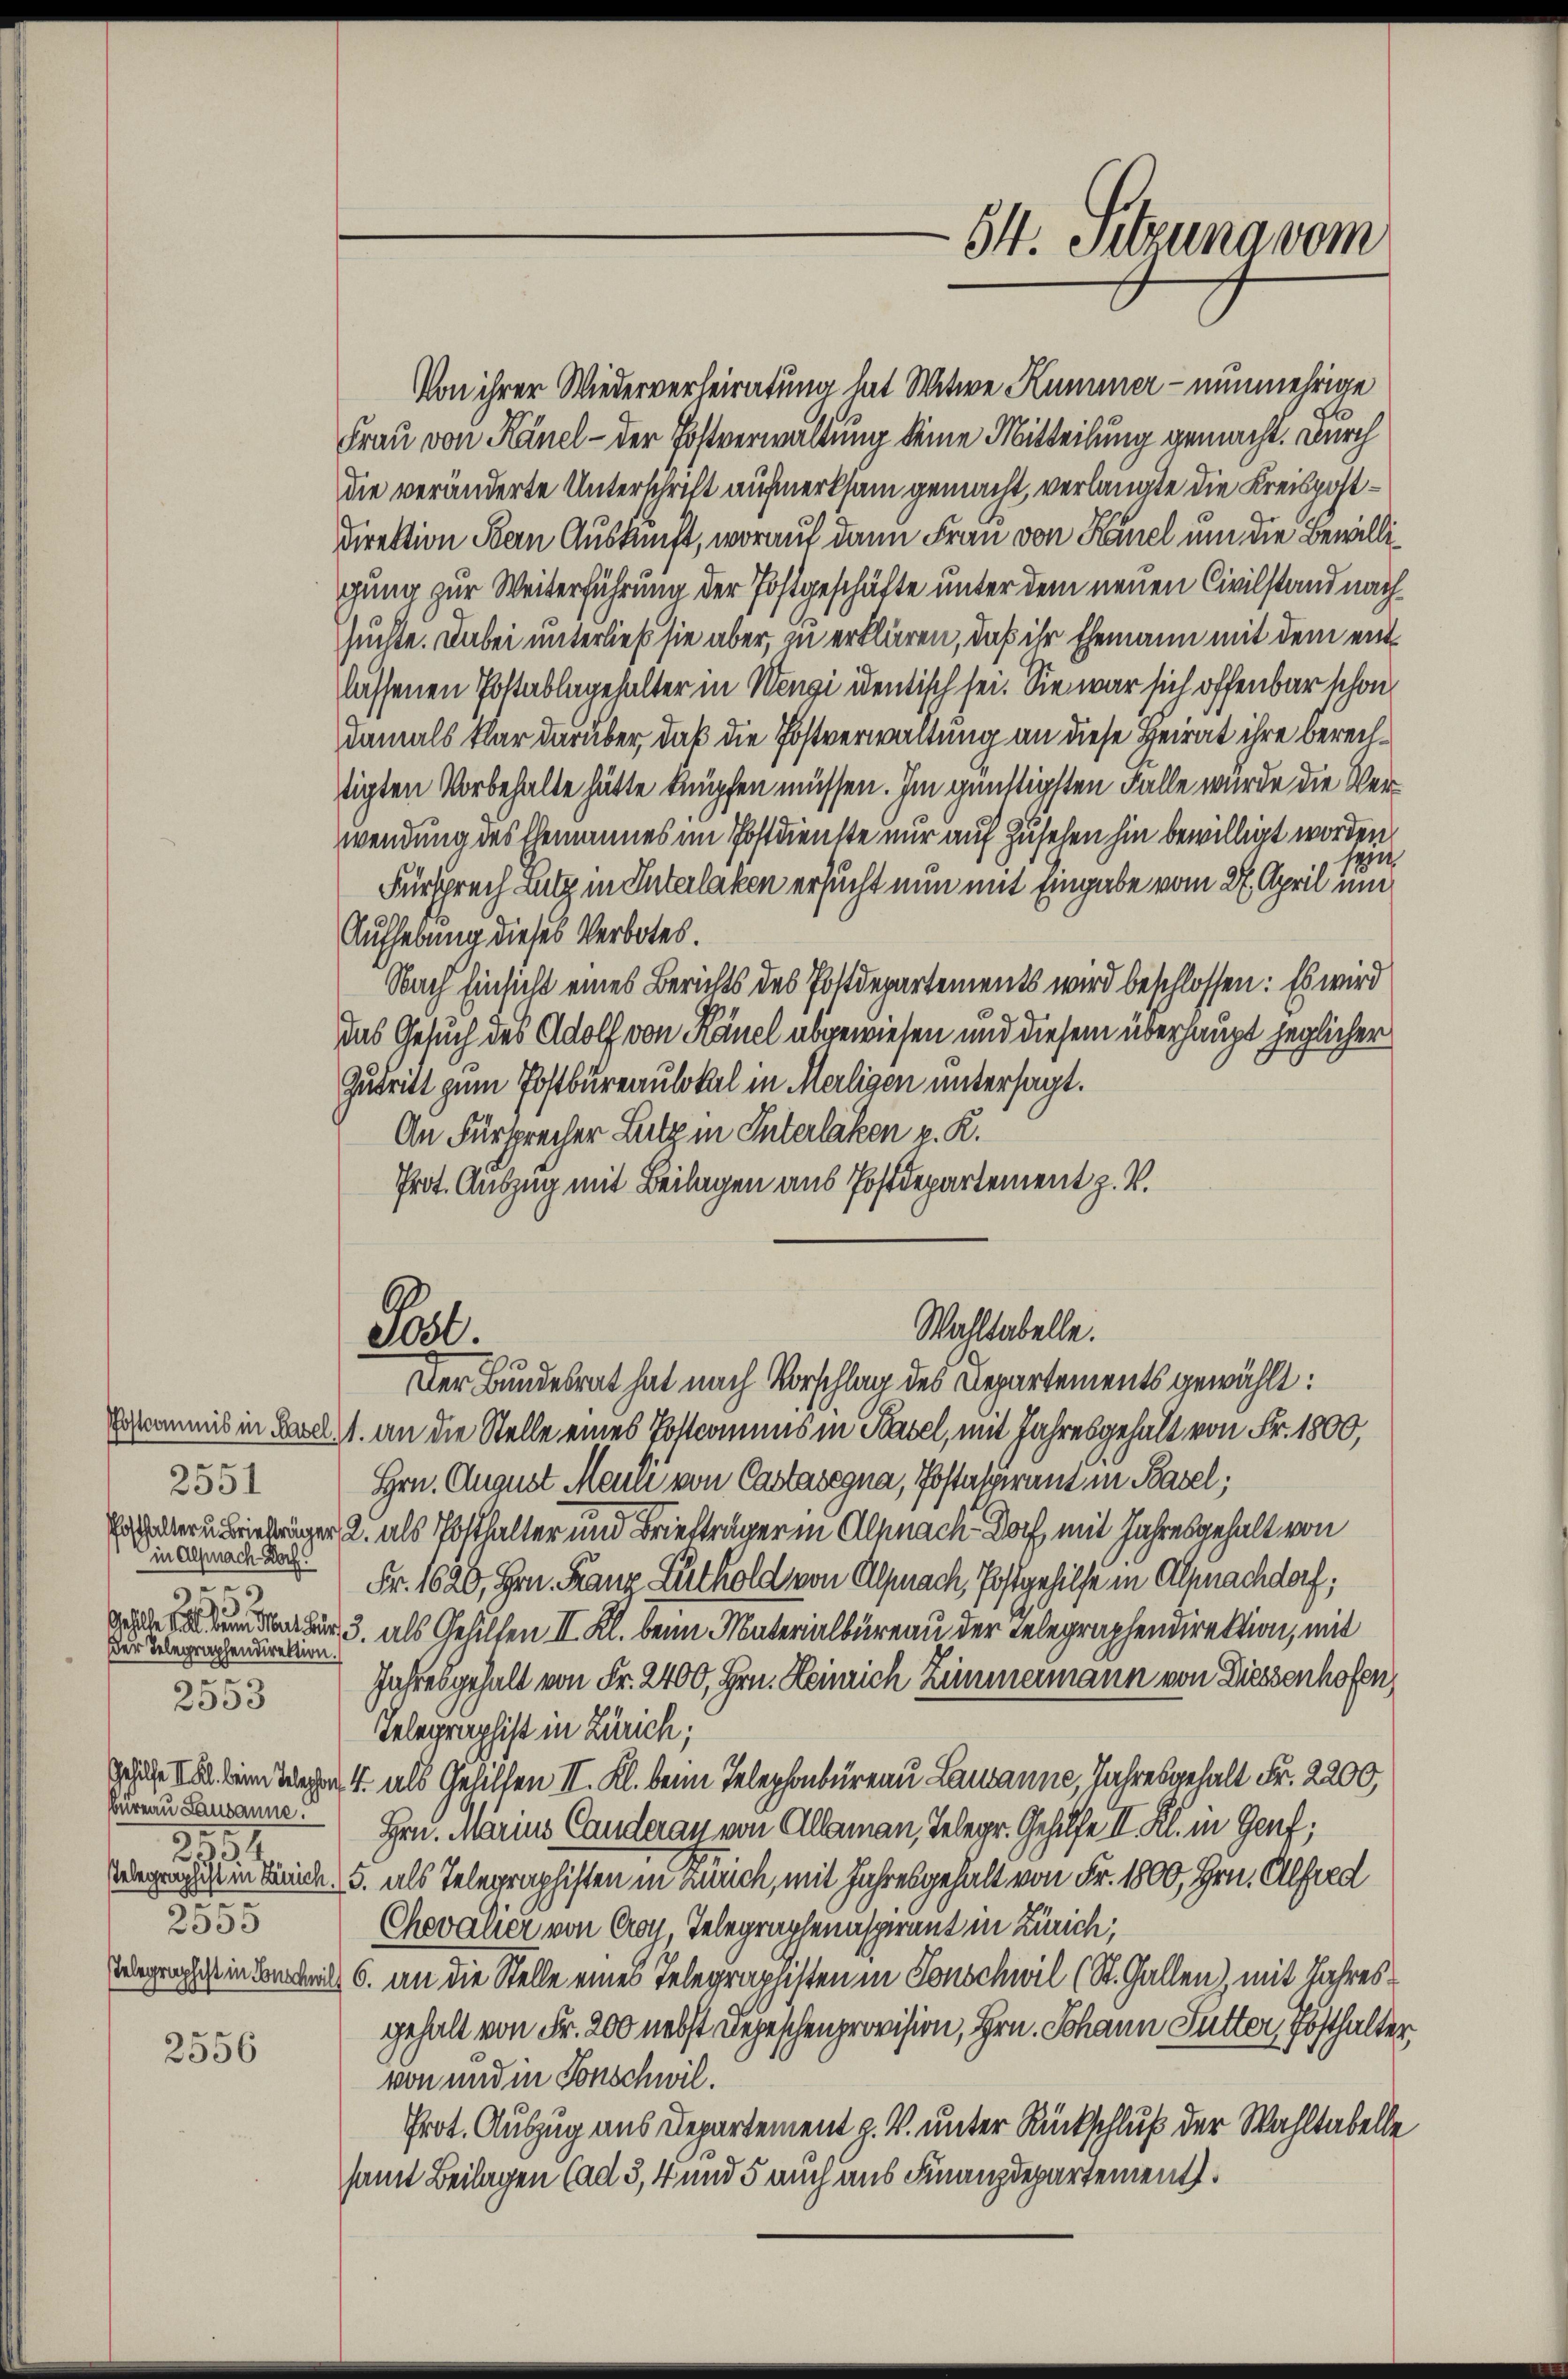
.
2551
in Altnach Roch
5
552.
Der Telegraphendirektion.
0
2553
5
2

2553

2556

Von ihrer Wiederverheiratung hat Witwe Kummer – nunmehrige
Frau von Känel - der Postverwaltung keine Mitteilung gemacht. Durch
die veränderte Unterschrift aufmerksam gemacht, verlangte die Kreispost¬
Direktion Bern Auskunft, worauf dann Frau von Känel um die Bewilligung zur Weiterführung der Postgeschäfte unter dem neuen Civilstand nachsüchte. Dabei unterließ sie aber, zu erklären, daß ihr Ehemann mit dem entlassenen Postablagehalter in Wengi identisch sei. Sie war sich offenbar schon
damals klar darüber, daß die Postverwaltung an diese Heirat ihre berechtigten Vorbehalte hätte knüpfen müssen. Im günstigsten Falle wurde die Verwendung des Ehemannes im Postdienste nur auf Zusehen hin bewilligt worden.
ein
Fürsprech Lutz in Interlaken ersucht nun mit Eingabe vom 27. April un
Aufhebung dieses Verbotes.
Nach Einsicht eines Berichts des Postdepartements wird beschlossen: Es wird
das Gesuch des Adolf von Känel abgewiesen und diesem überhaupt jeglicher
Zutritt zum Postbureaulokal in Meiligen untersagt.
An Fürsprecher Lutz in Interlaken p. K.
Prot. Auszug mit Beilagen aus Postdepartement z. B.
6
Wahltabelle.
2000.
Der Bundesrat hat nach Vorschlag des Departements gewählt:
Ehmmnis in B. an die Stelle eines Postcomens in Basel, mit Jahresgehalt von Fr. 1800,
Hrn. August Mann von Castasegna, Postalpirant in Basel;
Erstern Briedriger 2. als Posthalter und Briefträger in Alpnach Doch mit Jahresgehalt von
Fr. 1620, Hrn. Franz Lüthold von Alpnach, Postgehilfe in Alpnachdorf;
dehte dem Nach für 3. als Gehilfen III. Kl. beim Materialbüreau der Telegraphendirektion, mit
Jahresgehalt von Fr. 2400, Hrn. Heinrich Zimmermann von Diessenhofen,
Telegraphist in Zürich;
gehülfe kein Wegen 4 als Gehilfen II. Kl. beim Telephonbüreau Lausanne, Jahresgehalt Fr. 2200,
turen Samanne. Hrn. Marius Canderay von Allaman, Telegr. Gehilfe II. Kl. in Genf;
Wegengik in Reich, 5. als Telegraphisten in Zürich, mit Jahresgehalt von Fr. 1800, Hrn. Alfred
Chevalier von Croy, Telegraphenaspirant in Zürich,
Ungeacht in Beden 6. an die Stelle eines Telegraphisten in Conschwil (St. Gallen, mit Jahres
gehalt von Fr. 200 nebst Depeschenprovision, Hrn. Johann Futter, Posthalter
von und in Sonschwil.
Prot. Auszug aus Departement z. V. unter Rückschluß der Wahltabelle
samt Beilagen (ad 3, 4 und 5 auch aus Finanzdepartement.

64. Sitzung vom